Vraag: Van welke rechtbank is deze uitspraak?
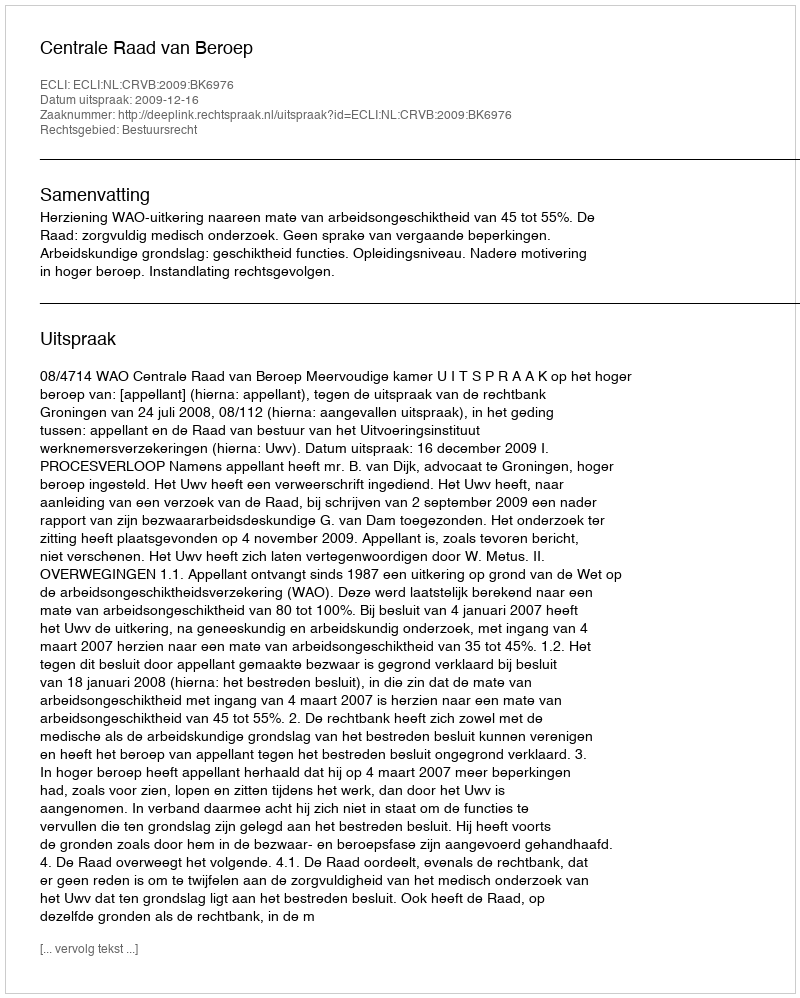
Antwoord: Centrale Raad van Beroep